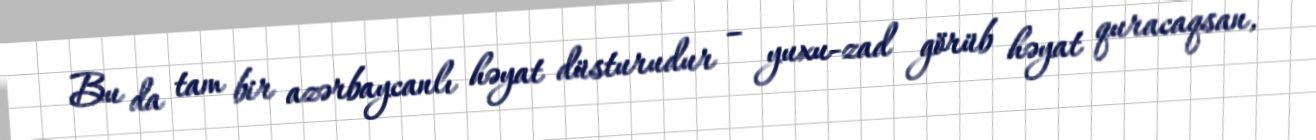
Bu da tam bir azərbaycanlı həyat düsturudur – yuxu-zad görüb həyat quracaqsan,